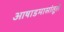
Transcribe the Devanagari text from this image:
आषाडमासांतूले